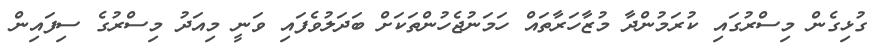
ގުޅިގެން މިސްރުގައި ކުރަމުންދާ މުޒާހަރާތައް ހަމަނުޖެހުންތަކަށް ބަދަލުވެފައި ވަނީ މިއަދު މިސްރުގެ ސިފައިން